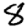
Digit: 8